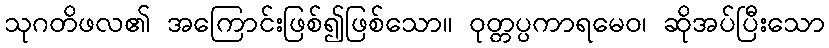
သုဂတိဖလ၏ အကြောင်းဖြစ်၍ဖြစ်သော။ ဝုတ္တပ္ပကာရမေဝ၊ ဆိုအပ်ပြီးသော